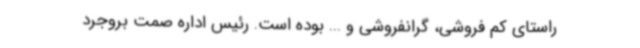
راستای کم فروشی، گرانفروشی و ... بوده است. رئیس اداره صمت بروجرد